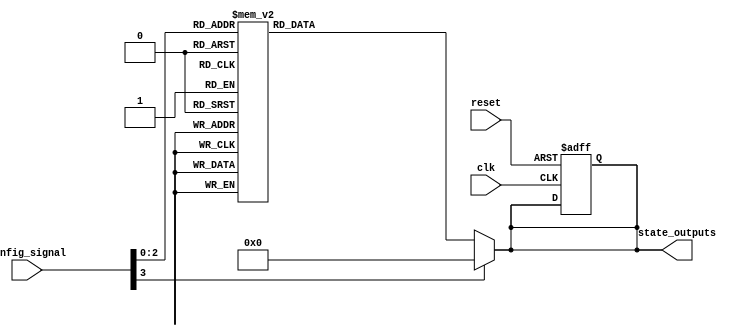
module ConfigurableInitialConditions #(
    parameter NUM_OUTPUTS = 8,          // Number of output states
    parameter DEFAULT_STATE = 8'b00000000 // Default state on reset
) (
    input wire [3:0] config_signal,      // Config signal to select initial conditions
    input wire clk,                       // Clock signal
    input wire reset,                     // Reset signal (active high)
    output reg [NUM_OUTPUTS-1:0] state_outputs // State outputs
);

// Internal logic to define initial conditions based on config_signal
always @(*) begin
    case (config_signal)
        4'b0000: state_outputs = 8'b00000001; // Example condition 0
        4'b0001: state_outputs = 8'b00000010; // Example condition 1
        4'b0010: state_outputs = 8'b00000100; // Example condition 2
        4'b0011: state_outputs = 8'b00001000; // Example condition 3
        4'b0100: state_outputs = 8'b00010000; // Example condition 4
        4'b0101: state_outputs = 8'b00100000; // Example condition 5
        4'b0110: state_outputs = 8'b01000000; // Example condition 6
        4'b0111: state_outputs = 8'b10000000; // Example condition 7
        default: state_outputs = DEFAULT_STATE; // Default state
    endcase
end

// Sequential logic for state management
always @(posedge clk or posedge reset) begin
    if (reset) begin
        state_outputs <= DEFAULT_STATE; // Reset to default state
    end else begin
        // The state outputs are determined by the combinational logic
        // defined in the always @(*) block above.
        // The state will remain stable until the next clock edge.
    end
end

endmodule